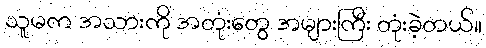
သူမက အသားကို အတုံးတွေ အများကြီး တုံးခဲ့တယ်။